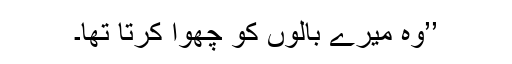
’’وہ میرے بالوں کو چھوا کرتا تھا۔